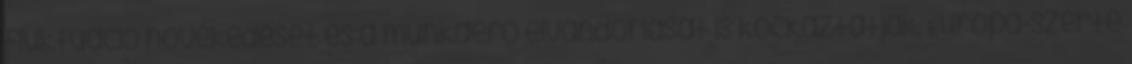
fluktuáció növekedését és a munkaerő elvándorlását is kockáztatják. Európa-szerte